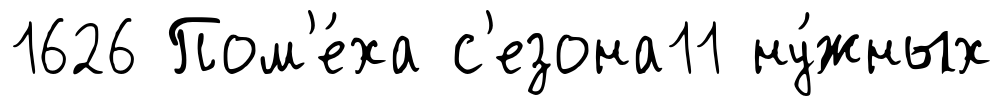
1626 Пом'е́ха с'езона11 ну́жных